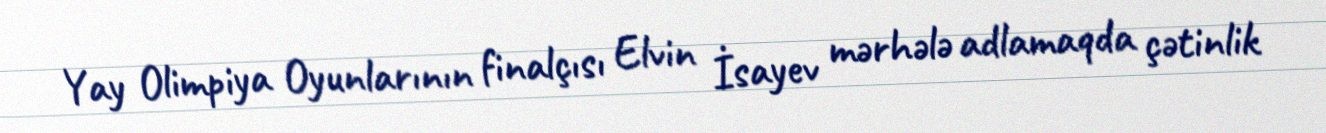
Yay Olimpiya Oyunlarının finalçısı Elvin İsayev mərhələ adlamaqda çətinlik